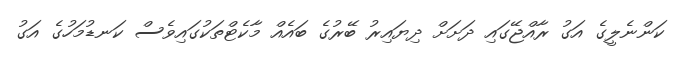
ކަންނެލީގެ އަގު ރާއްޖޭގައި ދަށަށް ދިޔައިރު ބޭރުގެ ބައެއް މާކެޓްތަކުގައިވެސް ކަނޑުމަހުގެ އަގު